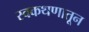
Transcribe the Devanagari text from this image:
स्वकथणातून